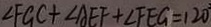
\angle F G C + \angle A E F + \angle F E G = 1 2 0 ^ { \circ }